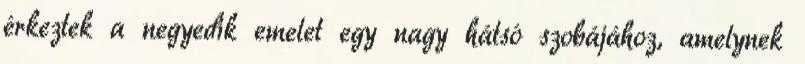
érkeztek a negyedik emelet egy nagy hátsó szobájához, amelynek